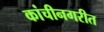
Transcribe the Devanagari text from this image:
कांचीनगरीत